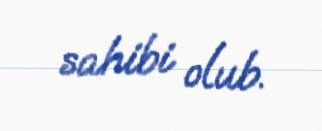
sahibi olub.